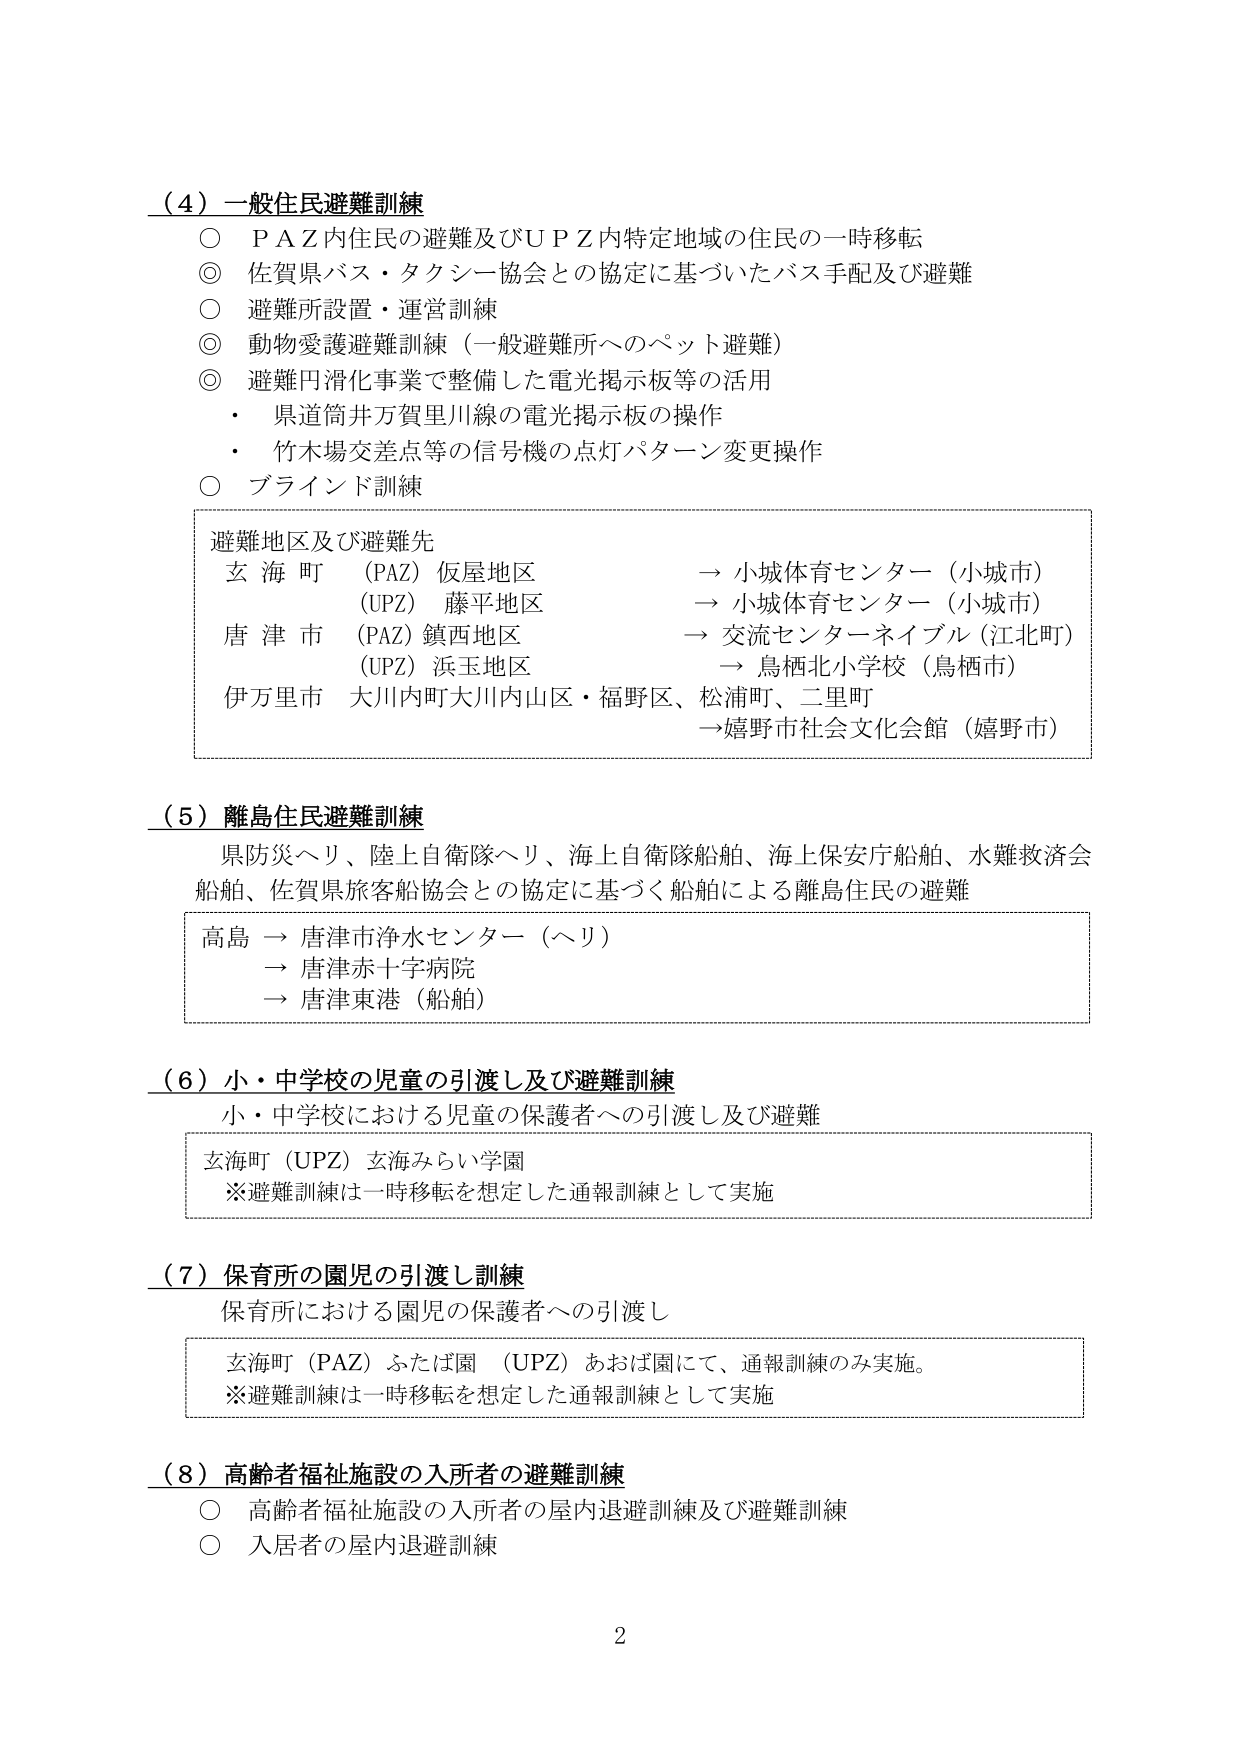
（４）一般住民避難訓練
○ ＰＡＺ内住民の避難及びＵＰＺ内特定地域の住民の一時移転
◎ 佐賀県バス・タクシー協会との協定に基づいたバス手配及び避難
○ 避難所設置・運営訓練
◎ 動物愛護避難訓練（一般避難所へのペット避難）
◎ 避難円滑化事業で整備した電光掲示板等の活用
・ 県道筒井万賀里川線の電光掲示板の操作
・ 竹木場交差点等の信号機の点灯パターン変更操作
○ ブラインド訓練

避難地区及び避難先
玄海町（PAZ）仮屋地区 → 小城体育センター（小城市）
　　　　（UPZ）藤平地区 → 小城体育センター（小城市）
唐津市（PAZ）鎮西地区 → 交流センターネイブル（江北町）
　　　　（UPZ）浜玉地区 → 鳥栖北小学校（鳥栖市）
伊万里市 大川内町大川内山区・福野区、松浦町、二里町 → 嬉野市社会文化会館（嬉野市）

（５）離島住民避難訓練
県防災ヘリ、陸上自衛隊ヘリ、海上自衛隊船舶、海上保安庁船舶、水難救済会船舶、佐賀県旅客船協会との協定に基づく船舶による離島住民の避難
高島 → 唐津市浄水センター（ヘリ）
　　　→ 唐津赤十字病院
　　　→ 唐津東港（船舶）

（６）小・中学校の児童の引渡し及び避難訓練
小・中学校における児童の保護者への引渡し及び避難
玄海町（UPZ）玄海みらい学園
※避難訓練は一時移転を想定した通報訓練として実施

（７）保育所の園児の引渡し訓練
保育所における園児の保護者への引渡し
玄海町（PAZ）ふたば園 （UPZ）あおば園にて、通報訓練のみ実施。
※避難訓練は一時移転を想定した通報訓練として実施

（８）高齢者福祉施設の入所者の避難訓練
○ 高齢者福祉施設の入所者の屋内退避訓練及び避難訓練
○ 入居者の屋内退避訓練

2